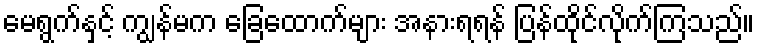
မေရွက်နှင့် ကျွန်မက ခြေထောက်များ အနားရရန် ပြန်ထိုင်လိုက်ကြသည်။